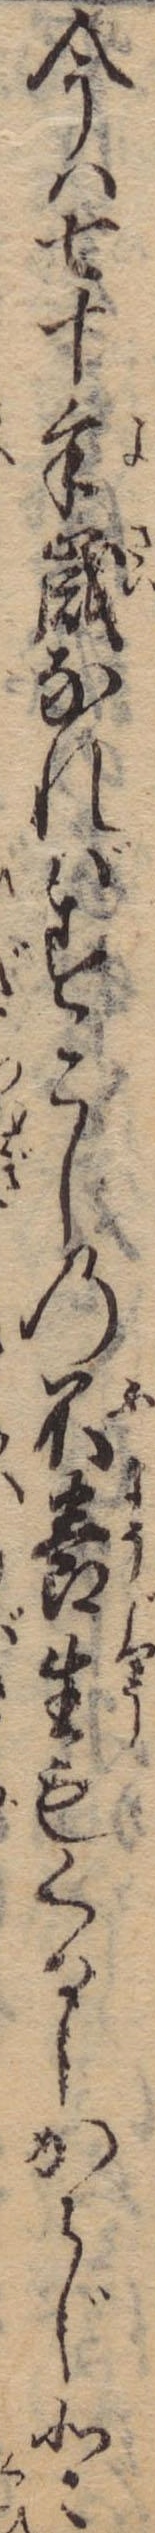
今は七十余歳なればすこしの不養生もくるしからじと